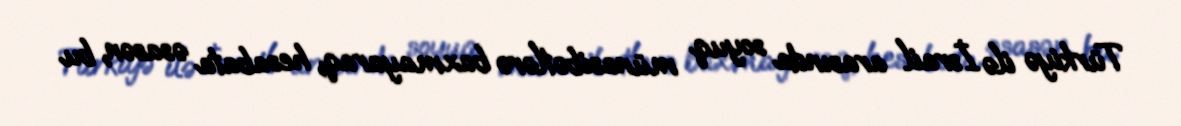
Türkiyə ilə İsrail arasında soyuq münasibətlərə baxmayaraq, hesabata əsasən, bu